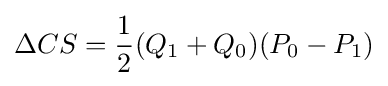
\Delta CS={\frac {1}{2}}(Q_{1}+Q_{0})(P_{0}-P_{1})